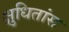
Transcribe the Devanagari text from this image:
क्षुधितांस